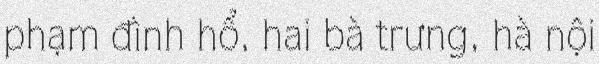
phạm đình hổ, hai bà trưng, hà nội